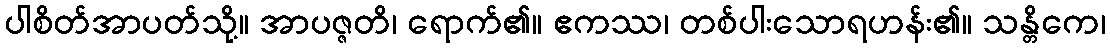
ပါစိတ်အာပတ်သို့။ အာပဇ္ဇတိ၊ ရောက်၏။ ဧကဿ၊ တစ်ပါးသောရဟန်း၏။ သန္တိကေ၊